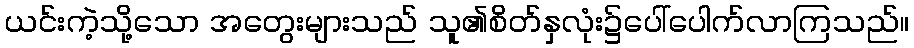
ယင်းကဲ့သို့သော အတွေးများသည် သူ၏စိတ်နှလုံး၌ပေါ်ပေါက်လာကြသည်။